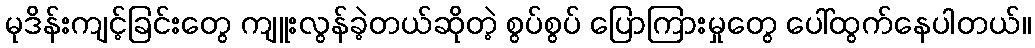
မုဒိန်းကျင့်ခြင်းတွေ ကျူးလွန်ခဲ့တယ်ဆိုတဲ့ စွပ်စွပ် ပြောကြားမှုတွေ ပေါ်ထွက်နေပါတယ်။